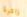
زائرة